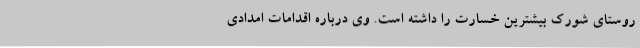
روستای شورک بیشترین خسارت را داشته است. وی درباره اقدامات امدادی